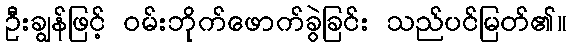
ဦးချွန်ဖြင့် ဝမ်းဘိုက်ဖောက်ခွဲခြင်း သည်ပင်မြတ်၏။